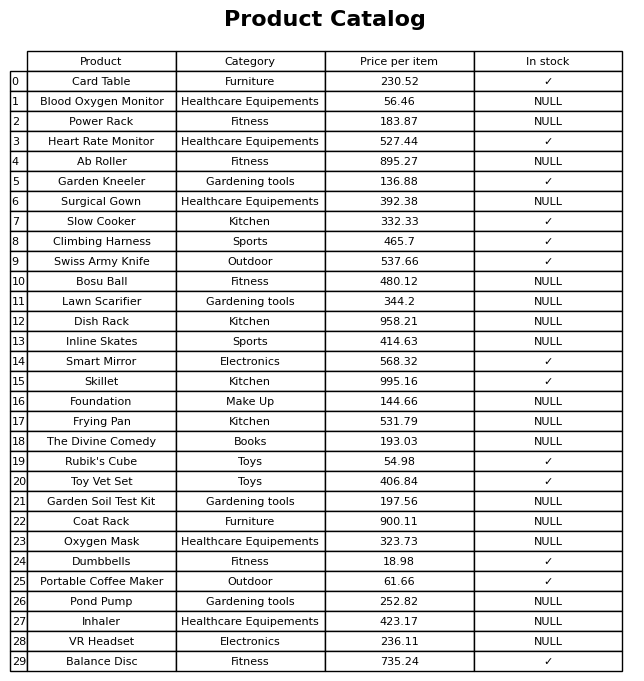
question: Which products are available in stock?
answer: Card Table, Heart Rate Monitor, Garden Kneeler, Slow Cooker, Climbing Harness, Swiss Army Knife, Smart Mirror, Skillet, Rubik's Cube, Toy Vet Set, Dumbbells, Portable Coffee Maker, Balance Disc